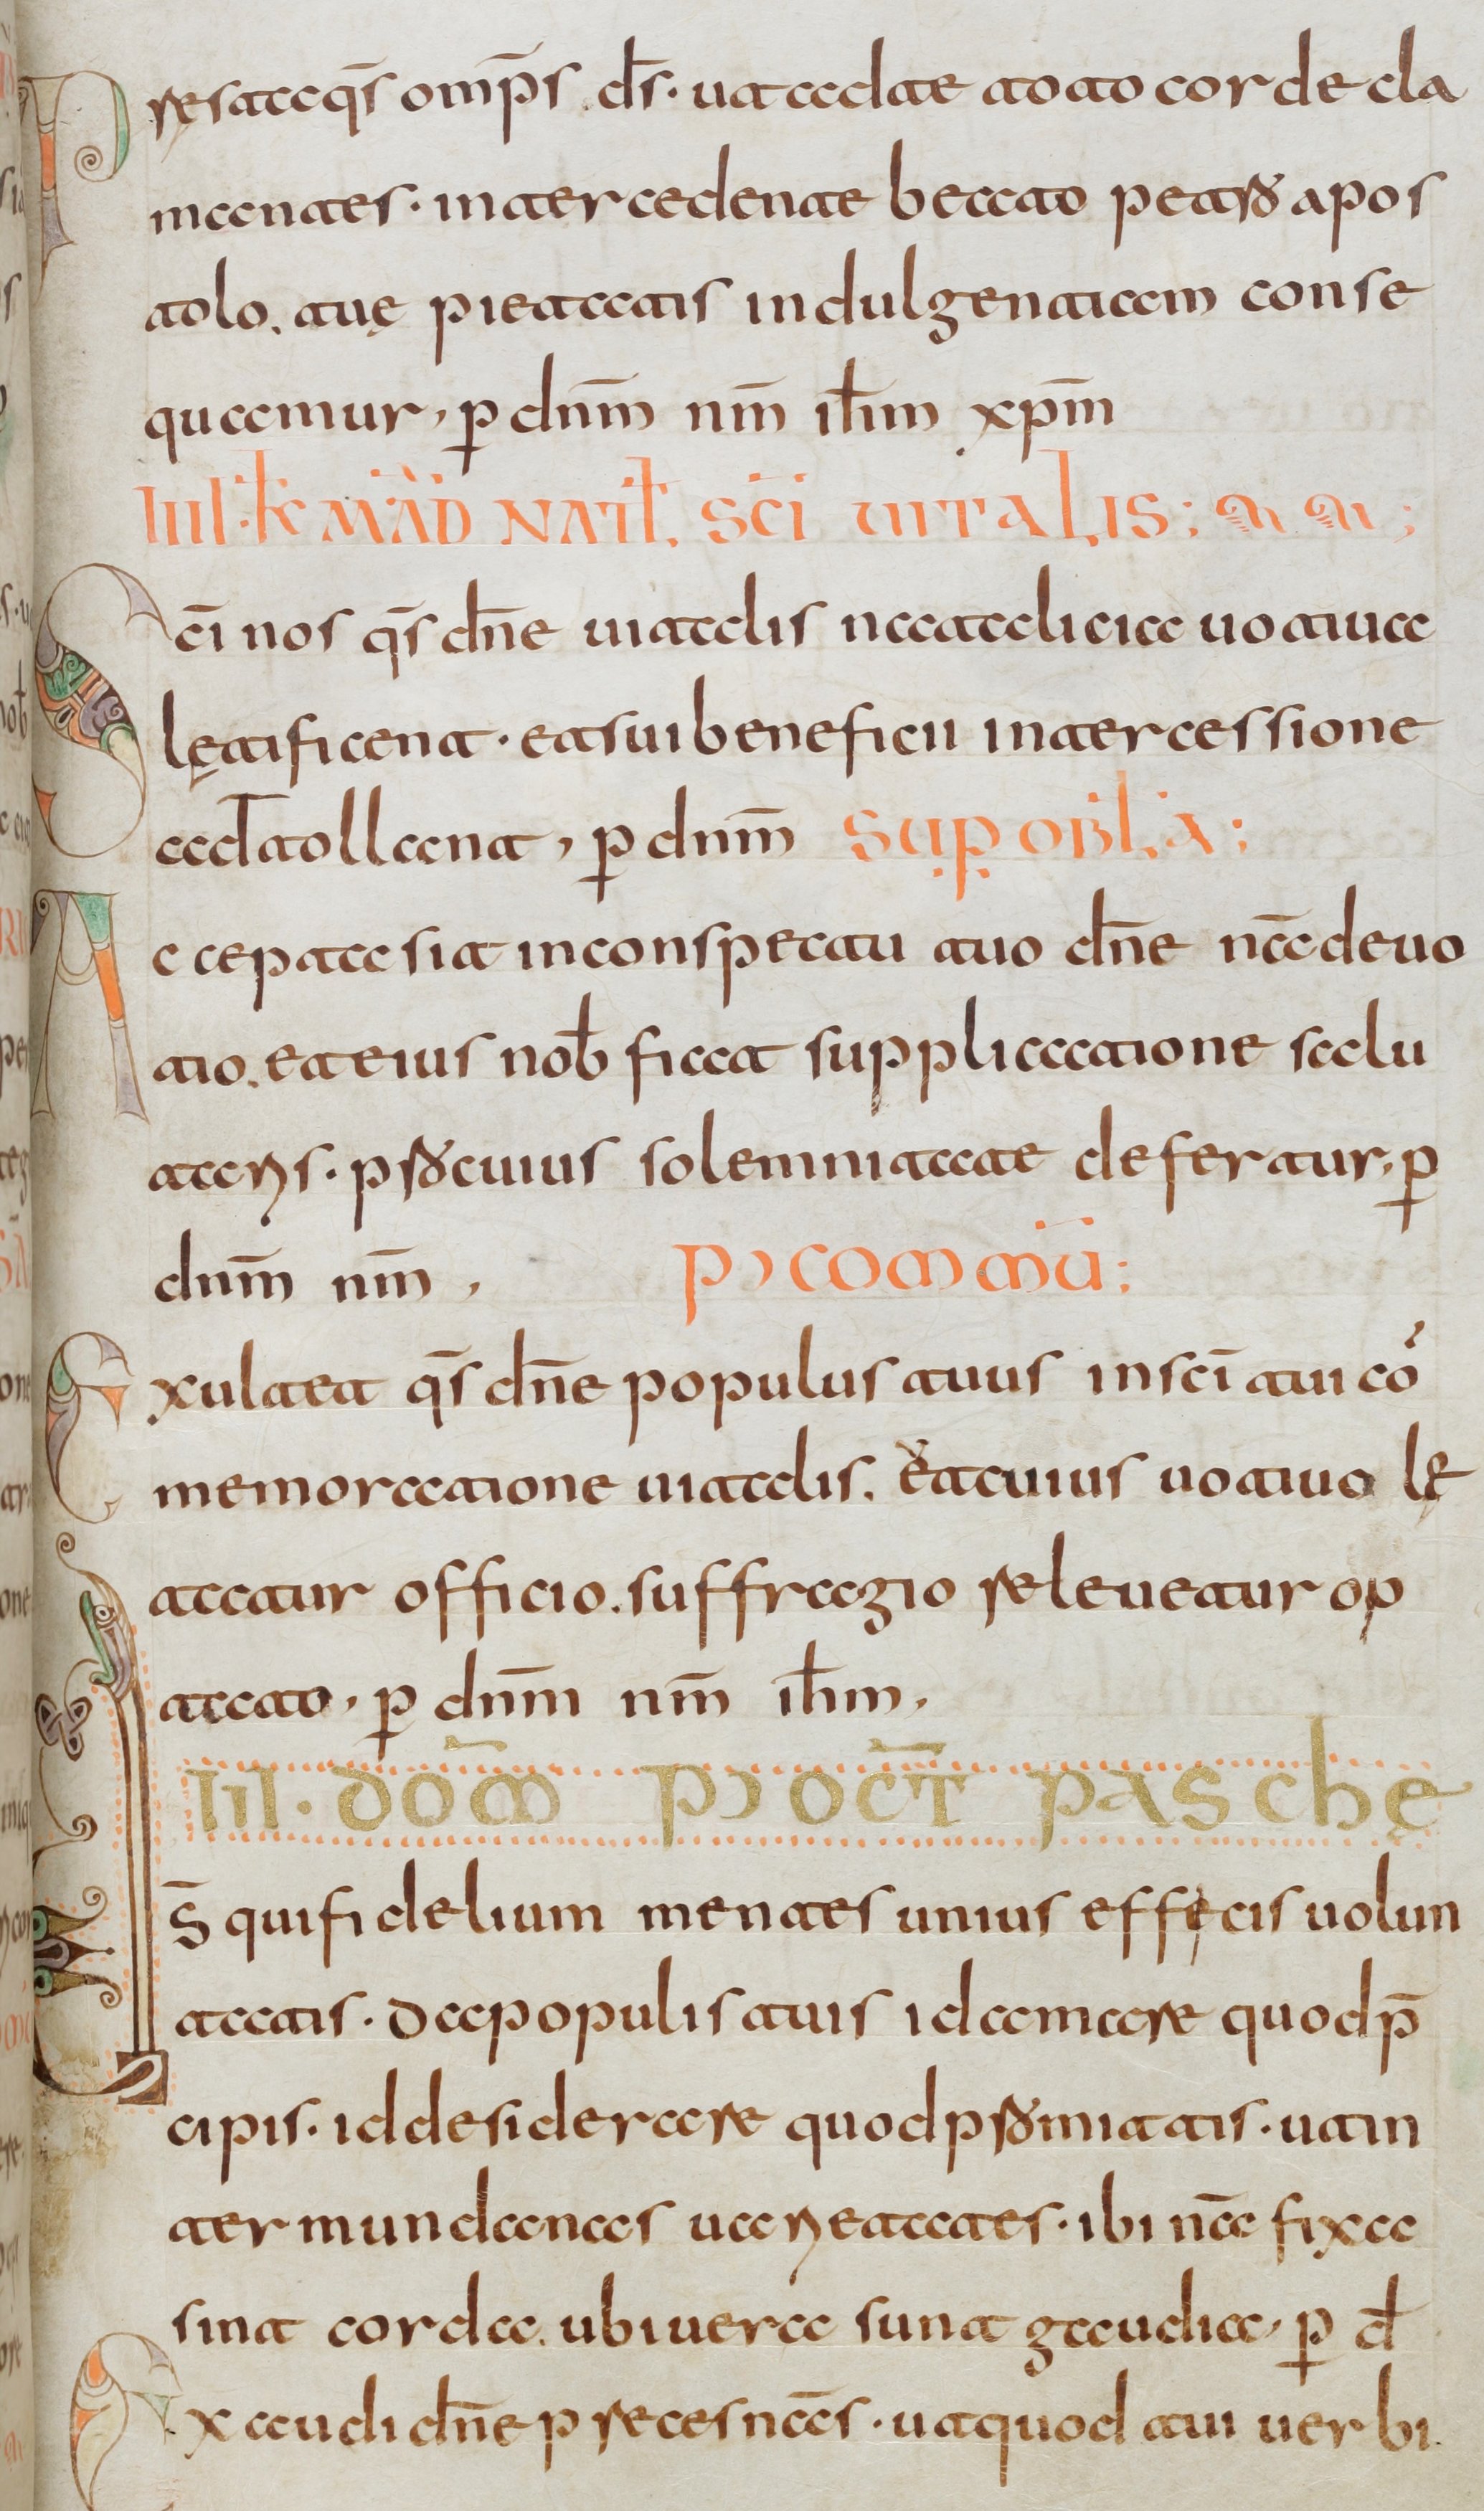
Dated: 800–830